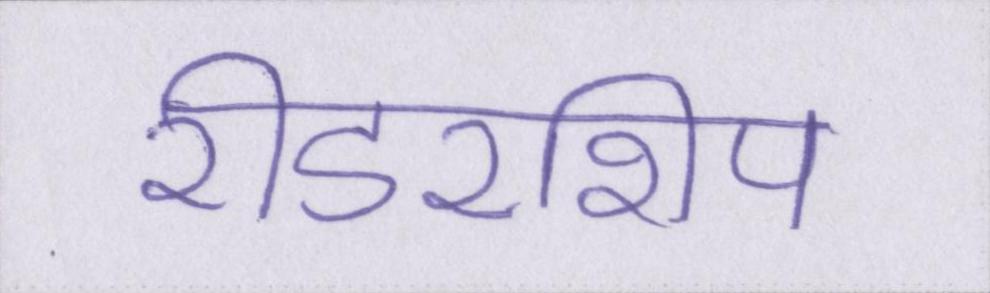
रीडरशिप